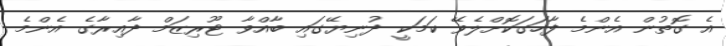
އެ ގޮތުން އެންމެ ފާހަގަކޮށްލެވޭ ކަމަކީ ދުނިޔޭގައި ބާއްވާ ޓޫރިޒަމް ދާއިރާގެ އެންމެ